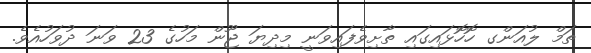
ތަމް ލުއަންގ ހޮހޮޅައިގައި ތާށިވެފައިވަނީ މިދިޔަ ޖޫން މަހުގެ 23 ވަނަ ދުވަހުއެވެ.